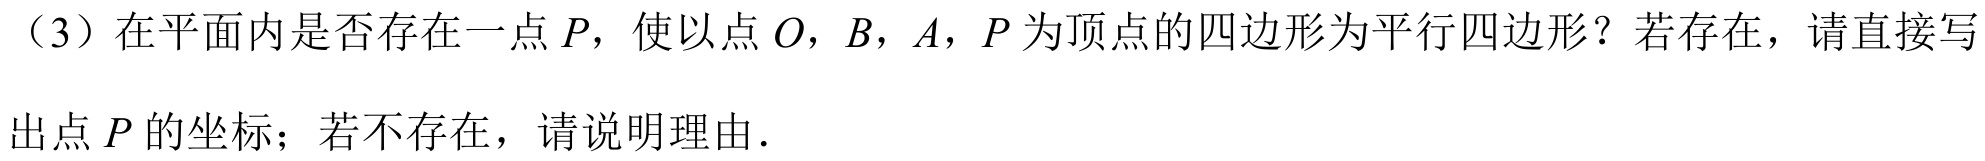
（3）在平面内是否存在一点 \(P\)，使以点 \(O\)，\(B\)，\(A\)，\(P\) 为顶点的四边形为平行四边形？若存在，请直接写
出点 \(P\) 的坐标；若不存在，请说明理由.